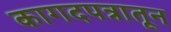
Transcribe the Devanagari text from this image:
कागदपत्रातून